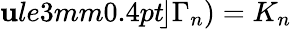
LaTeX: \mathbf{u}le{3mm}{0.4pt}\! \! \left.\right\rfloor\Gamma_{n})=K_{n}